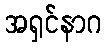
အရှင်နာဂ